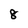
Character: 8